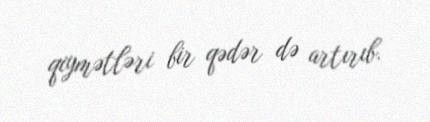
qiymətləri bir qədər də artırıb.